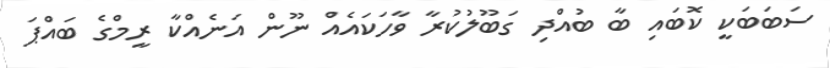
ސަބަބަކީ ކޮބައި ބާ ބުއްދި ގަބޫލުކުރާ ވާހަކައެއް ނޫން އަނެއްކާ ރީމްގެ ބައްޕަ